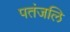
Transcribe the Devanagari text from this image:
पतंजलि